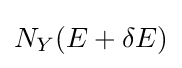
N_{Y}(E+\delta E)